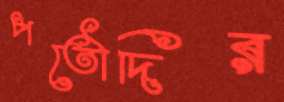
পতৌদির